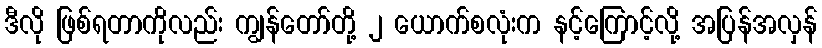
ဒီလို ဖြစ်ရတာကိုလည်း ကျွန်တော်တို့ ၂ ယောက်စလုံးက နင့်ကြောင့်လို့ အပြန်အလှန်